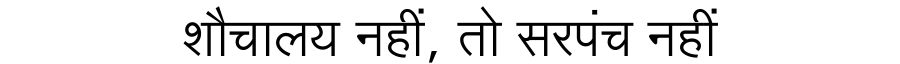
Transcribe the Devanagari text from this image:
शौचालय नहीं, तो सरपंच नहीं